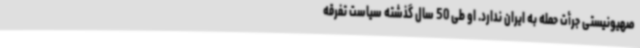
صهیونیستی جرأت حمله به ایران ندارد. او طی 50 سال گذشته سیاست تفرقه